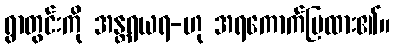
ရွာတွင်းကို အန္တရယရ-ဟု အရကောက်ပြထား၏။